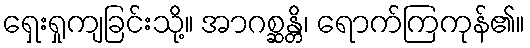
ရှေးရှုကျခြင်းသို့။ အာဂစ္ဆန္တိ၊ ရောက်ကြကုန်၏။